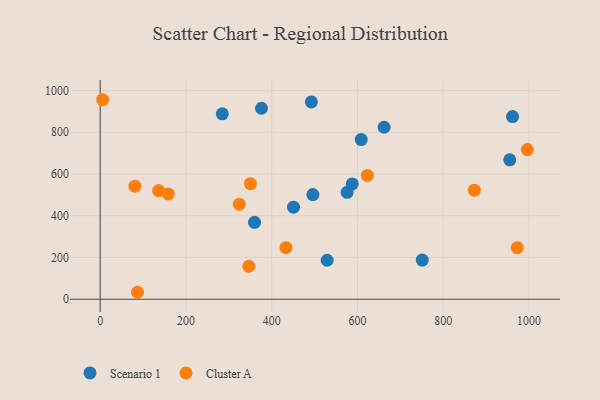
{"axis": {"x": "Distance", "y": "Demand"}, "legend": ["Cluster A", "Scenario 1"], "data": [{"x": "359.9", "y": 368.5, "type": "Scenario 1"}, {"x": "529.3", "y": 186.8, "type": "Scenario 1"}, {"x": "587.9", "y": 552.6, "type": "Scenario 1"}, {"x": "608.8", "y": 764.7, "type": "Scenario 1"}, {"x": "662.1", "y": 823.9, "type": "Scenario 1"}, {"x": "961.7", "y": 875.1, "type": "Scenario 1"}, {"x": "284.8", "y": 888.1, "type": "Scenario 1"}, {"x": "450.9", "y": 441.2, "type": "Scenario 1"}, {"x": "496.1", "y": 501.4, "type": "Scenario 1"}, {"x": "955.2", "y": 667.8, "type": "Scenario 1"}, {"x": "751.2", "y": 187.8, "type": "Scenario 1"}, {"x": "576.0", "y": 512.2, "type": "Scenario 1"}, {"x": "492.6", "y": 945.3, "type": "Scenario 1"}, {"x": "376.2", "y": 914.9, "type": "Scenario 1"}, {"x": "346.7", "y": 158.1, "type": "Cluster A"}, {"x": "80.9", "y": 541.8, "type": "Cluster A"}, {"x": "87.1", "y": 33.3, "type": "Cluster A"}, {"x": "623.1", "y": 592.9, "type": "Cluster A"}, {"x": "350.4", "y": 553.5, "type": "Cluster A"}, {"x": "5.7", "y": 955.8, "type": "Cluster A"}, {"x": "996.3", "y": 716.8, "type": "Cluster A"}, {"x": "872.6", "y": 522.5, "type": "Cluster A"}, {"x": "324.3", "y": 455.2, "type": "Cluster A"}, {"x": "433.3", "y": 247.1, "type": "Cluster A"}, {"x": "158.8", "y": 504.2, "type": "Cluster A"}, {"x": "972.6", "y": 246.9, "type": "Cluster A"}, {"x": "136.3", "y": 520.6, "type": "Cluster A"}]}